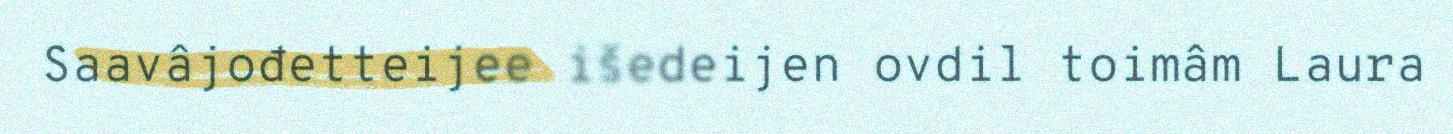
Saavâjođetteijee išedeijen ovdil toimâm Laura